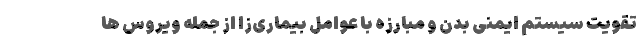
تقویت سیستم ایمنی بدن و مبارزه با عوامل بیماری‌زا از جمله ویروس ها